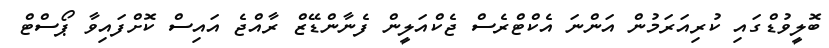
ބޮލީވުޑްގައި ކުރިއަރަމުން އަންނަ އެކްޓްރެސް ޖެކްއަލީން ފެނާންޑޭޒް ރާއްޖެ އައިސް ކޮށްފައިވާ ޕޯސްޓް